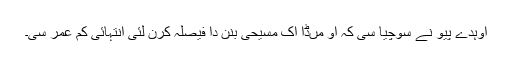
اوہدے پیو نے سوچیا سی کہ اُو مُںڈا اِک مسیحی بنن دا فیصلہ کرن لئی انتہائی کم عمر سی۔